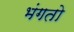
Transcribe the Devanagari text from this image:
भंगतो